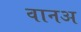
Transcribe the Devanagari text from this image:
वानअ